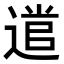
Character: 𮞭